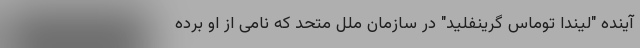
آینده "لیندا توماس گرینفلید" در سازمان ملل متحد که نامی از او برده